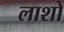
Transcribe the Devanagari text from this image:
लाशो